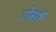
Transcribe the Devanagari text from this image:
टोर्सो